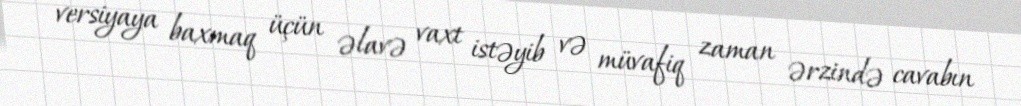
versiyaya baxmaq üçün əlavə vaxt istəyib və müvafiq zaman ərzində cavabın